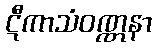
ဋီကာသံဝဏ္ဏနာ